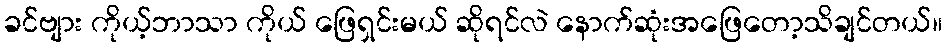
ခင်ဗျား ကိုယ့်ဘာသာ ကိုယ် ဖြေရှင်းမယ် ဆိုရင်လဲ နောက်ဆုံးအဖြေတော့သိချင်တယ်။